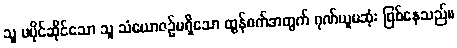
သူ မပိုင်ဆိုင်သော သူ သံယောဇဉ်မရှိသော ထွန်စက်အတွက် ဂုဏ်ယူမဆုံး ဖြစ်နေသည်။